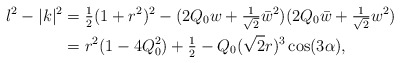
\begin{align*}l^2-|k|^2 & = \tfrac12(1+r^2)^2 - (2Q_0w+\tfrac1{\sqrt{2}}\bar w^2)(2Q_0\bar w+\tfrac1{\sqrt{2}}w^2) \\& = r^2(1 -4Q_0^2) +\tfrac12 - Q_0(\sqrt{2}r)^3\cos(3\alpha) ,\end{align*}